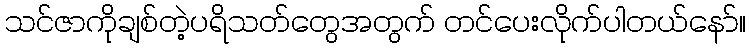
သင်ဇာကိုချစ်တဲ့ပရိသတ်တွေအတွက် တင်ပေးလိုက်ပါတယ်နော်။